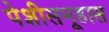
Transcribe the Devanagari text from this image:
पेशीसमूहास